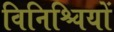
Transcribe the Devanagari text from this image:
विनिश्चियों